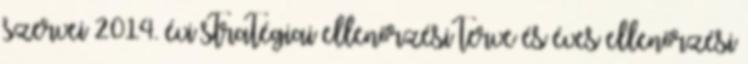
szervei 2014. évi stratégiai ellenőrzési terve és éves ellenőrzési